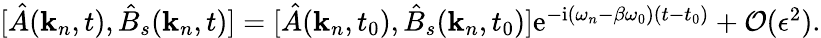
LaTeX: \begin{array}{r}{[\hat{A}(\mathbf{k}_{n},t),\hat{B}_{s}(\mathbf{k}_{n},t)]=[\hat{A}(\mathbf{k}_{n},t_{0}),\hat{B}_{s}(\mathbf{k}_{n},t_{0})]\mathrm{e}^{-\mathrm{i}(\omega_{n}-\beta\omega_{0})(t-t_{0})}+\mathcal{O}(\epsilon^{2}).}\end{array}